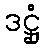
ဒဋ္ဌုံ